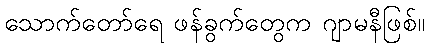
သောက်တော်ရေ ဖန်ခွက်တွေက ဂျာမနီဖြစ်။